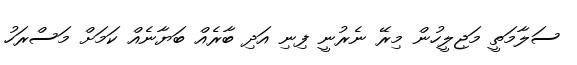
ސަލާމަތީ މަޖިލީހުން މިރޭ ނެރުނީ ފިނި އަދި ބާރެއް ބަޔާނެއް ކަމަށް މަސްރަހު